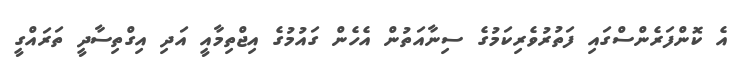
އެ ކޮންފަރެންސްގައި ފަތުުރުވެރިކަމުގެ ސިނާއަތުން އެހެން ގައުމުގެ އިޖްތިމާއީ އަދި އިގްތިސާދީ ތަަރައްގީ